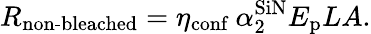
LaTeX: R_{\textrm{non-bleached}}=\eta_{\textrm{conf}}\ \alpha_{2}^{\textrm{SiN}}E_{\textrm{p}}LA.